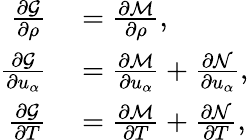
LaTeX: \begin{array}{rl}{\frac{\partial\mathcal{G}}{\partial\rho}}&{{}=\frac{\partial\mathcal{M}}{\partial\rho},}\\ {\frac{\partial\mathcal{G}}{\partial u_{\alpha}}}&{{}=\frac{\partial\mathcal{M}}{\partial u_{\alpha}}+\frac{\partial\mathcal{N}}{\partial u_{\alpha}},}\\ {\frac{\partial\mathcal{G}}{\partial T}}&{{}=\frac{\partial\mathcal{M}}{\partial T}+\frac{\partial\mathcal{N}}{\partial T},}\end{array}